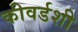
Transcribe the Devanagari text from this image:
कीवर्डशी